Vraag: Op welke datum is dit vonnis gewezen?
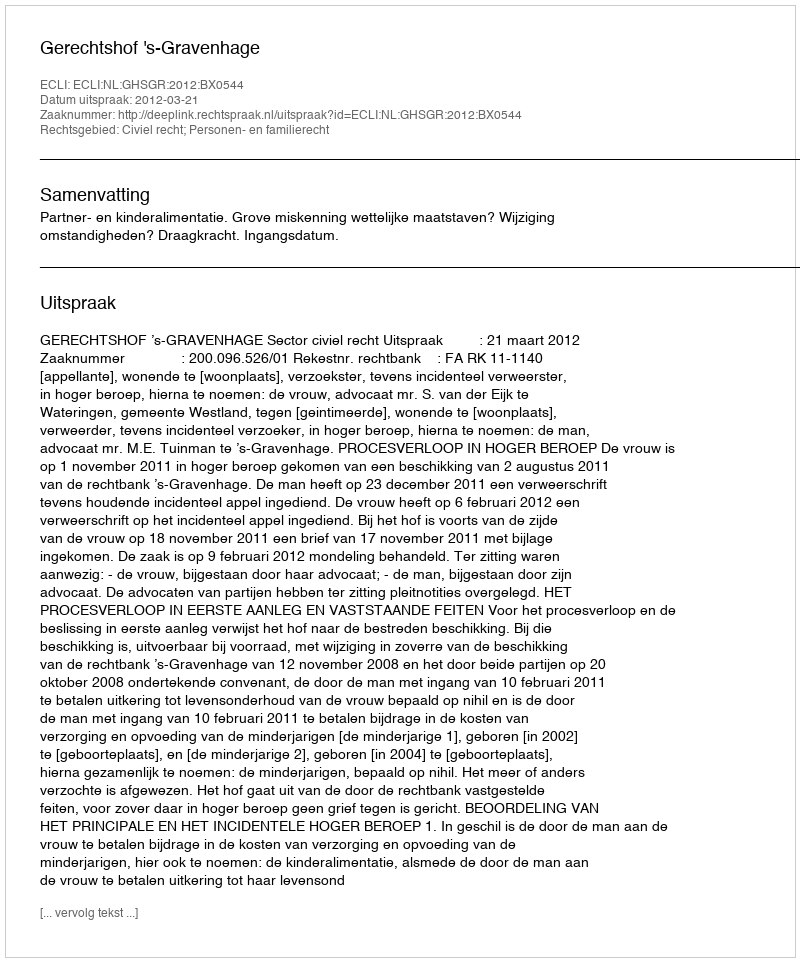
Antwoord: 2012-03-21